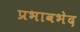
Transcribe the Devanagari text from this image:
प्रभावभेद